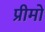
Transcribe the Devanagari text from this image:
प्रीमो